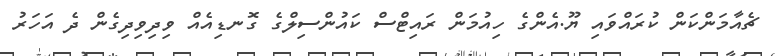
ޗެއާމަންކަން ކުރައްވައި ޔޫ.އެންގެ ހިއުމަން ރައިޓްސް ކައުންސިލްގެ ގޮނޑިއެއް ވިދިވިދިގެން ދެ އަހަރު